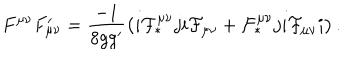
LaTeX: F ^ { \mu \nu } F _ { \mu \nu } ^ { \prime } = \frac { - 1 } { 8 g g ^ { \prime } } \left( i { \cal F } _ { \ast } ^ { \mu \nu } j i { \cal F } _ { \mu \nu } + { \cal F } _ { \ast } ^ { \mu \nu } j i { \cal F } _ { \mu \nu } i \right) .